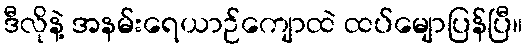
ဒီလိုနဲ့ အနမ်းရေယာဉ်ကျောထဲ ထပ်မျောပြန်ပြီ။